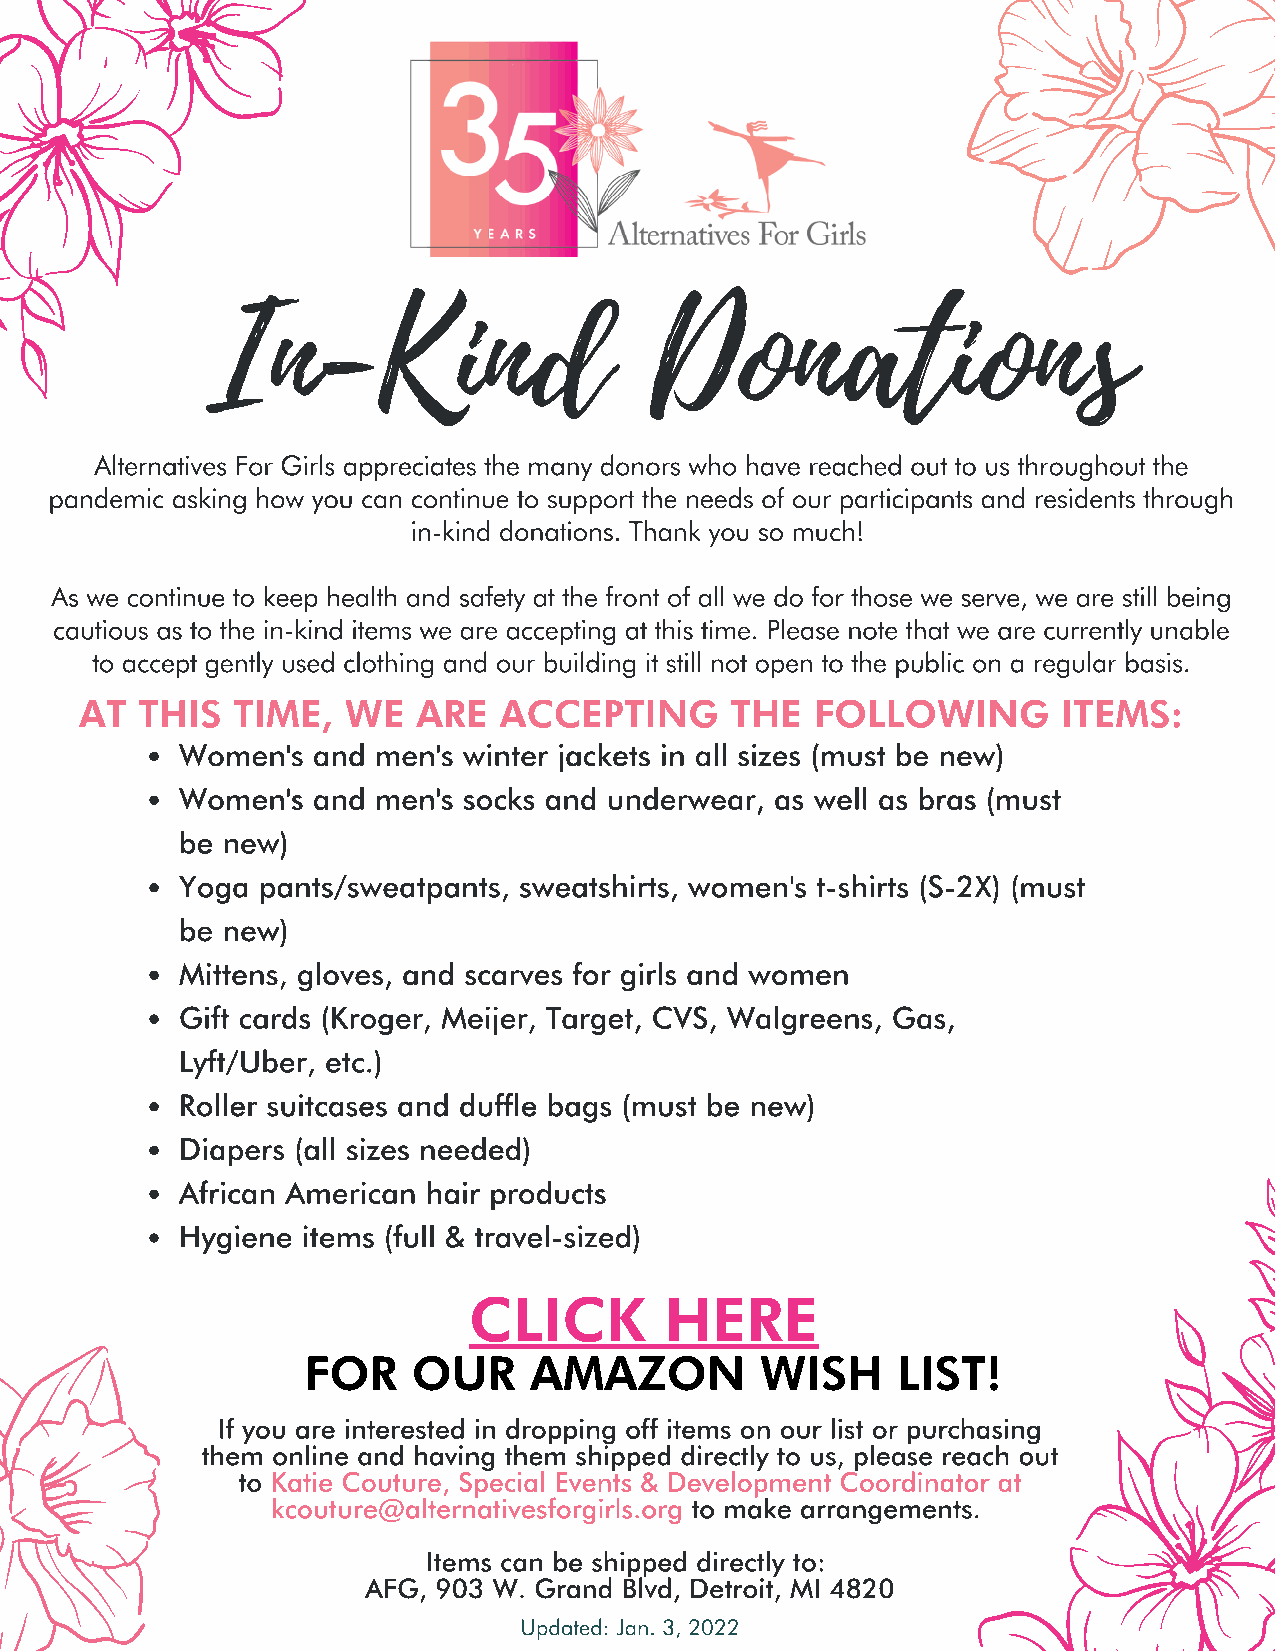
In-Kind                      Donations
 Alternatives For Girls appreciates the many donors who have reached out to us throughout the
 pandemic asking how you can continue to support the needs of our participants and residents through
 in-kind donations. Thank you so much!
 As we continue to keep health and safety at the front of all we do for those we serve, we are still being
 cautious as to the in-kind items we are accepting at this time. Please note that we are currently unable
 to accept gently used clothing and our building it still not open to the public on a regular basis.
 AT  THIS  TIME,   WE   ARE  ACCEPTING      THE   FOLLOWING       ITEMS:
 Women's  and men's winter jackets in all sizes (must be new)
 Women's  and men's socks and underwear, as well as bras (must
 be new)
 Yoga pants/sweatpants, sweatshirts, women's t-shirts (S-2X) (must
 be new)
 Mittens, gloves, and scarves for girls and women
 Gift cards (Kroger, Meijer, Target, CVS, Walgreens, Gas,
 Lyft/Uber, etc.)
 Roller suitcases and duffle bags (must be new)
 Diapers (all sizes needed)
 African American hair products
 Hygiene items (full & travel-sized)
 CLICK        HERE
 FOR    OUR     AMAZON         WISH     LIST!
 If you are interested in dropping off items on our list or purchasing
 them online and having them shipped directly to us, please reach out
 to Katie Couture, Special Events & Development Coordinator at
 kcouture@alternativesforgirls.org to make arrangements.
 Items can be shipped directly to:
 AFG, 903 W. Grand Blvd, Detroit, MI 4820
 Updated: Jan. 3, 2022